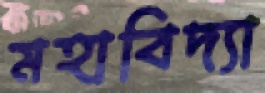
মহাবিদ্যা